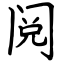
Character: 阅